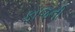
ફોજની